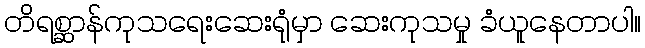
တိရစ္ဆာန်ကုသရေးဆေးရုံမှာ ဆေးကုသမှု ခံယူနေတာပါ။